Annual administration report of the Civil Veterinary Department of India - 1897-1898
Year: 1897
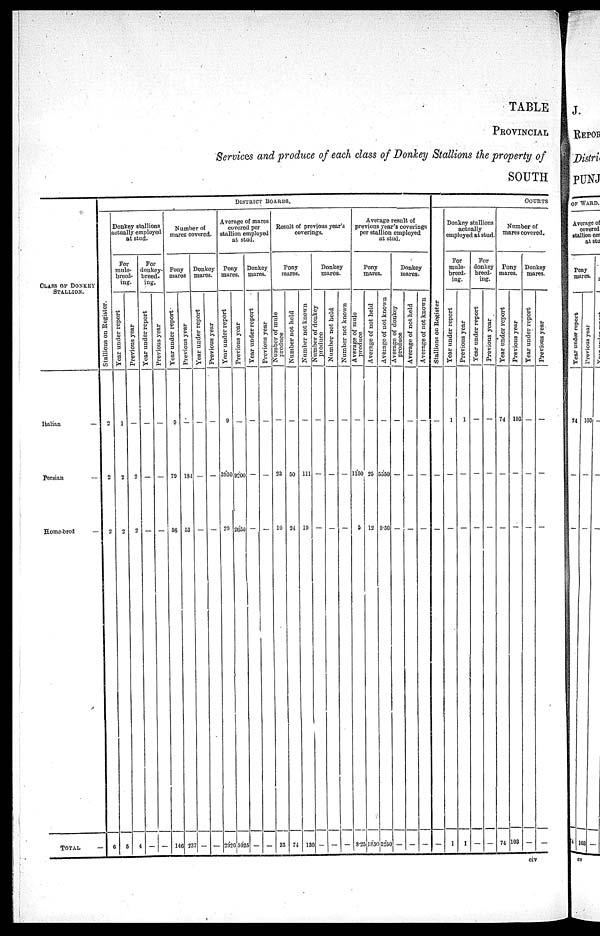
TABLE
PROVINCIAL
Services and produce of each class of Donkey Stallions the property of
SOUTH
CLASS OF DONKEY
STALLION.
Italian
—
Persian
—
Home—bred
—
TOTAL —
DISTRICT BOARDS.
Stallions on Register.
2
2
2
6
Donkey stallions
actually employed
at stud.
For
mule—
breed-
ing.
Year under report
1
2
2
5
Previous year
—
2
2
4
For
donkey—
breed—
ing.
Year under report
—
—
—
—
Previous year
—
—
—
—
Number of
mares covered.
Pony
mares
Year under report
9
79
58
14
Previous
year
—
134
53
237
Donkey
mares.
Year
under report
—
—
—
—
Previous year
—
—
—
—
Average of mares
covered per
stallion employed
at stud.
Pony
mares.
Year under report
9
3950
20
2920
Previous year
—
9200
2650
5925
Donkey
mares.
Year under report
—
—
—
—
Previous year
—
—
—
—
Result of previous year's
coverings.
Pony
mares.
Number
of mule
produce
—
23
10
33
Number not held
—
50
24
74
Number not known
—
111
10
130
Donkey
mares.
Number of donkey
produce
—
—
—
——
Number not held
—
—
—
—
Number not known
—
—
—
—
Average result of
previous year's coverings
per stallion employed
at stud.
Pony
mares.
Average of mule
produce
—
1150
5
8.25
Average of not held
—
25
12
1850
Average of not known
—
5350
9.50
3250
Donkey
mares.
Average of donkey
produce
—
—
—
—
Average of not held
—
—
—
—
Average of not known
—
—
—
—
COURTS
Stallions on Regi s t
er
—
—
—
—
Donkey stallions
actually
employed at stud.
For
mule—
breed-
ing.
Year under report
1
—
—
1
Previous year
1
—
—
1
For
donkey
breed-
ing.
Year under report
—
—
—
—
J Previous year
—
—
—
—
Number of
mares covered.
Pony
mares.
Year under report
74
—
—
74
Previous year
103
—
—
103
Donkey
mares.
Year under report
—
—
—
—
Previous year
—
—
—
—
civ